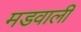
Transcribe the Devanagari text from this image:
मडवाली